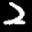
Label: 2